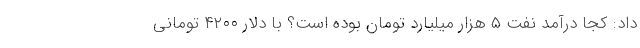
داد: کجا درآمد نفت ۵ هزار میلیارد تومان بوده است؟ با دلار ۴۲۰۰ تومانی